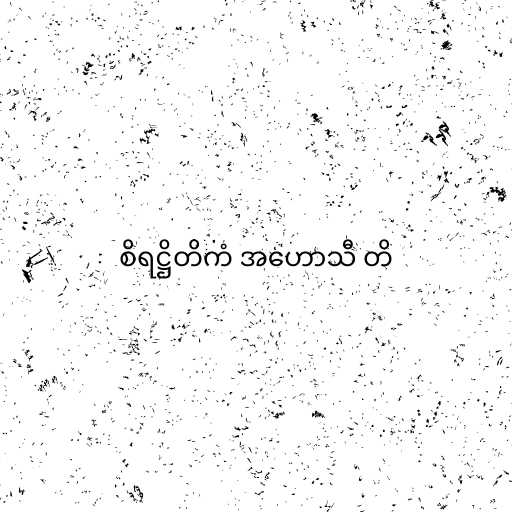
စိရဋ္ဌိတိကံ အဟောသီ တိ